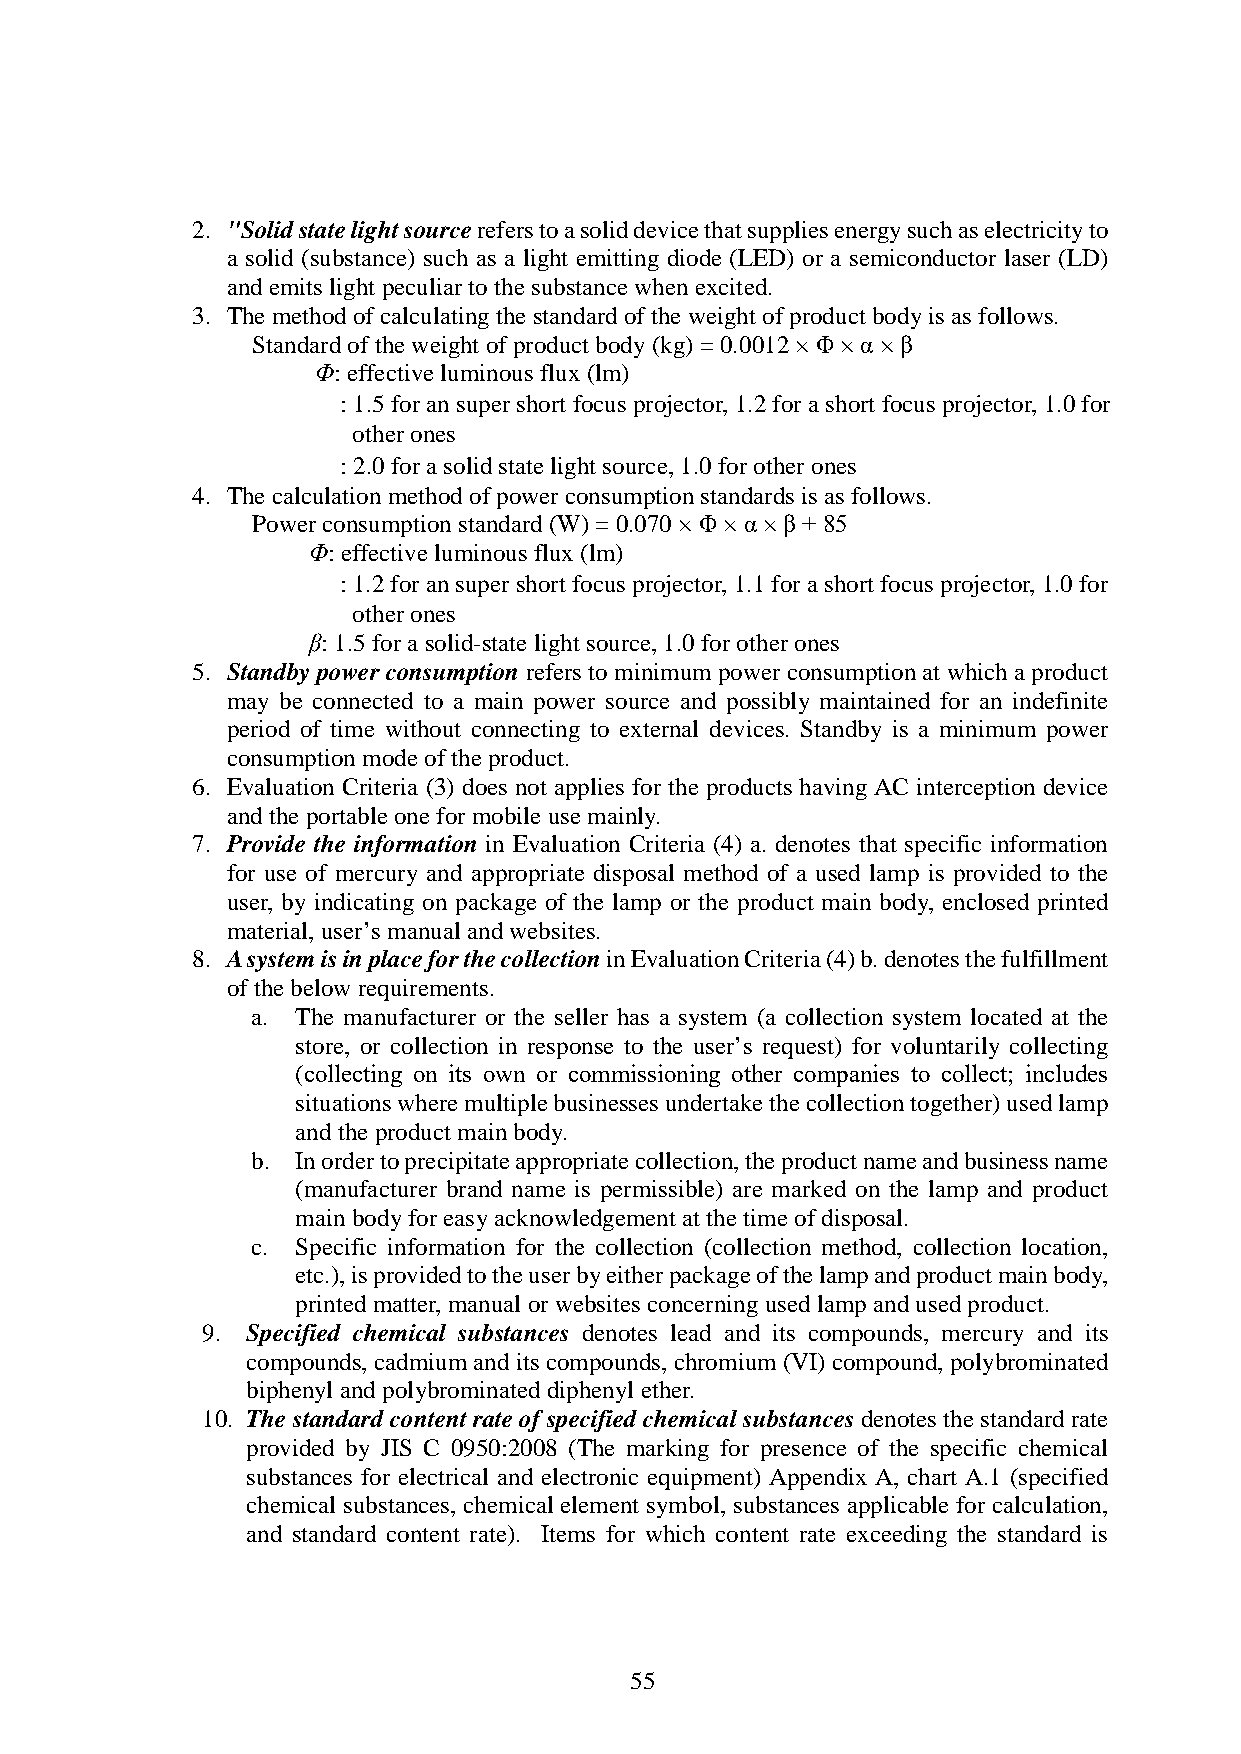
2. "Solid state light source refers to a solid device that supplies energy such as electricity to
 a solid (substance) such as a light emitting diode (LED) or a semiconductor laser (LD)
 and emits light peculiar to the substance when excited.
 3. The method of calculating the standard of the weight of product body is as follows.
 Standard of the weight of product body (kg) = 0.0012 × Φ × α × β
 Φ: effective luminous flux (lm)
 α: 1.5 for an super short focus projector, 1.2 for a short focus projector, 1.0 for
 other ones
 β: 2.0 for a solid state light source, 1.0 for other ones
 4. The calculation method of power consumption standards is as follows.
 Power consumption standard (W) = 0.070 × Φ × α × β + 85
 Φ: effective luminous flux (lm)
 α: 1.2 for an super short focus projector, 1.1 for a short focus projector, 1.0 for
 other ones
 β: 1.5 for a solid-state light source, 1.0 for other ones
 5. Standby power consumption refers to minimum power consumption at which a product
 may be connected to a main power source and possibly maintained for an indefinite
 period of time without connecting to external devices. Standby is a minimum power
 consumption mode of the product.
 6. Evaluation Criteria (3) does not applies for the products having AC interception device
 and the portable one for mobile use mainly.
 7. Provide the information in Evaluation Criteria (4) a. denotes that specific information
 for use of mercury and appropriate disposal method of a used lamp is provided to the
 user, by indicating on package of the lamp or the product main body, enclosed printed
 material, user’s manual and websites.
 8. A system is in place for the collection in Evaluation Criteria (4) b. denotes the fulfillment
 of the below requirements.
 a. The manufacturer or the seller has a system (a collection system located at the
 store, or collection in response to the user’s request) for voluntarily collecting
 (collecting on its own or commissioning other companies to collect; includes
 situations where multiple businesses undertake the collection together) used lamp
 and the product main body.
 b. In order to precipitate appropriate collection, the product name and business name
 (manufacturer brand name is permissible) are marked on the lamp and product
 main body for easy acknowledgement at the time of disposal.
 c. Specific information for the collection (collection method, collection location,
 etc.), is provided to the user by either package of the lamp and product main body,
 printed matter, manual or websites concerning used lamp and used product.
 9. Specified chemical substances denotes lead and its compounds, mercury and its
 compounds, cadmium and its compounds, chromium (VI) compound, polybrominated
 biphenyl and polybrominated diphenyl ether.
 10. The standard content rate of specified chemical substances denotes the standard rate
 provided by JIS C 0950:2008 (The marking for presence of the specific chemical
 substances for electrical and electronic equipment) Appendix A, chart A.1 (specified
 chemical substances, chemical element symbol, substances applicable for calculation,
 and standard content rate). Items for which content rate exceeding the standard is
 55